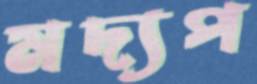
মদ্যপ